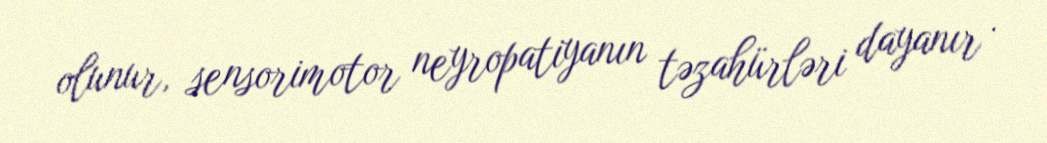
olunur, sensorimotor neyropatiyanın təzahürləri dayanır .